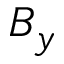
B _ { y }